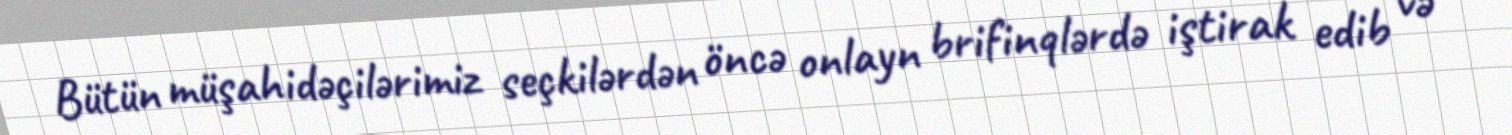
Bütün müşahidəçilərimiz seçkilərdən öncə onlayn brifinqlərdə iştirak edib və